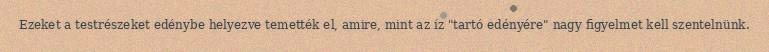
Ezeket a testrészeket edénybe helyezve temették el, amire, mint az íz "tartó edényére" nagy figyelmet kell szentelnünk.